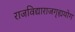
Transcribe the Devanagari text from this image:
राजविद्याराजगृह्ययोग